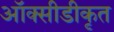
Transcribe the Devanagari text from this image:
ऑक्सीडीकृत